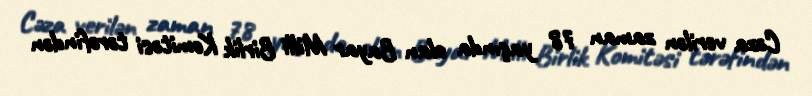
Cəza verilən zaman 78 yaşında olan Bayar Milli Birlik Komitəsi tərəfindən